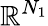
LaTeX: \mathbb R^{N_{1}}